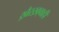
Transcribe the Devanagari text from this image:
ख़ैरख़्वाही